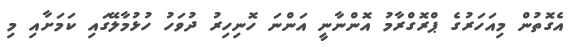
އެގޮތުން މިއަހަރުގެ ޕްރޮގްރާމު އޮންނާނީ އަންނަ ހޮނިހިރު ދުވަހު ހުޅުމާލޭގައި ކަމަށާއި މި